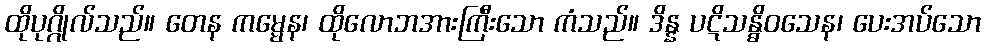
ထိုပုဂ္ဂိုလ်သည်။ တေန ကမ္မေန၊ ထိုလောဘအားကြီးသော ကံသည်။ ဒိန္န ပဋိသန္ဓိဝသေန၊ ပေးအပ်သော